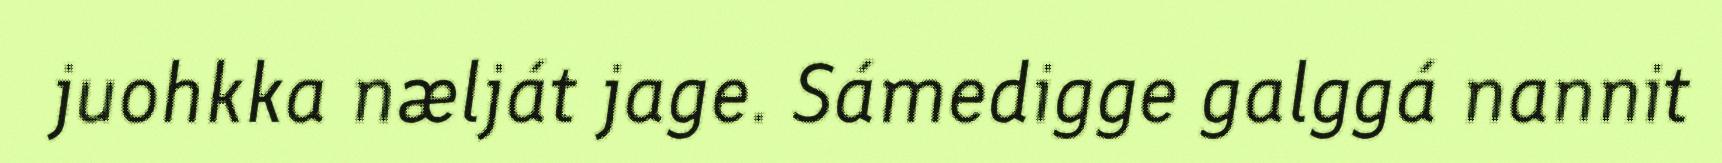
juohkka nælját jage. Sámedigge galggá nannit